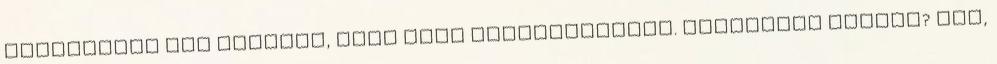
forrásomat sem találom, hogy arra mutogathassak. valakinek megvan? kár,